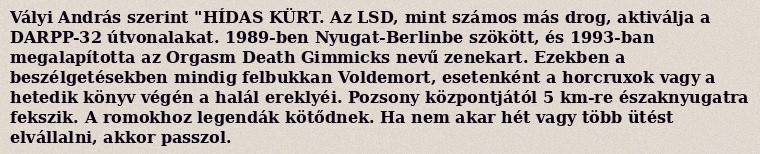
Vályi András szerint "HÍDAS KÜRT. Az LSD, mint számos más drog, aktiválja a DARPP-32 útvonalakat. 1989-ben Nyugat-Berlinbe szökött, és 1993-ban megalapította az Orgasm Death Gimmicks nevű zenekart. Ezekben a beszélgetésekben mindig felbukkan Voldemort, esetenként a horcruxok vagy a hetedik könyv végén a halál ereklyéi. Pozsony központjától 5 km-re északnyugatra fekszik. A romokhoz legendák kötődnek. Ha nem akar hét vagy több ütést elvállalni, akkor passzol.